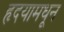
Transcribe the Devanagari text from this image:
हृदयामधून